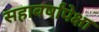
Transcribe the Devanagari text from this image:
सहावर्षांपेक्षा